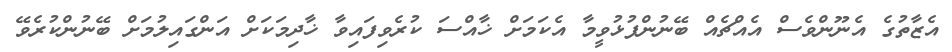
އެޒާތުގެ އެނޫންވެސް އެއްޗެއް ބޭނުންފުޅުވީމާ އެކަމަށް ޚާއްސަ ކުރެވިފައިވާ ޚާދިމަކަށް އަންގައިލުމަށް ބޭނުންކުރެވޭ